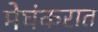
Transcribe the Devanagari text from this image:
मेघंकरात